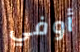
أوفي